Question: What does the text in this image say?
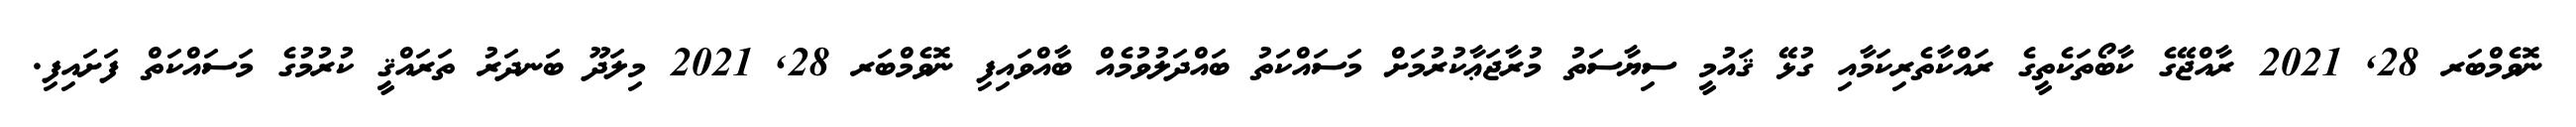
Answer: ނޮވެމްބަރ 28, 2021 ރާއްޖޭގެ ކާބޯތަކެތީގެ ރައްކާތެރިކަމާއި ގުޅޭ ޤައުމީ ސިޔާސަތު މުރާޖަޢާކުރުމަށް މަސައްކަތު ބައްދަލުވުމެއް ބާއްވައިފި ނޮވެމްބަރ 28, 2021 މިލަދޫ ބަނދަރު ތަރައްޤީ ކުރުމުގެ މަސައްކަތް ފަށައިފި.